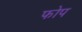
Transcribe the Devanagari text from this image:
फोप